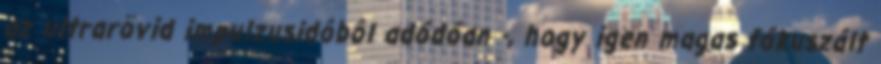
az ultrarövid impulzusidôbôl adódóan -, hogy igen magas fókuszált